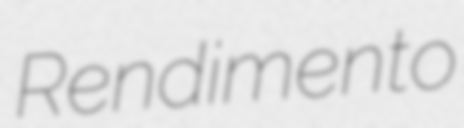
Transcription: Rendimento